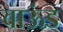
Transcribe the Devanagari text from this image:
वाऊंड